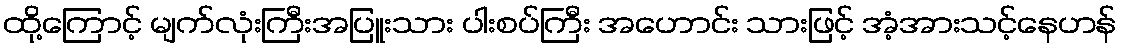
ထို့ကြောင့် မျက်လုံးကြီးအပြူးသား ပါးစပ်ကြီး အဟောင်း သားဖြင့် အံ့အားသင့်နေဟန်